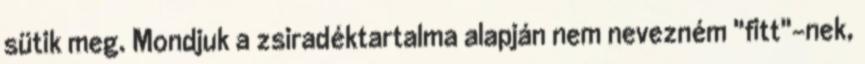
sütik meg. Mondjuk a zsiradéktartalma alapján nem nevezném "fitt"-nek,